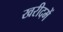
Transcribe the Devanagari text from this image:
खरीदमें